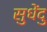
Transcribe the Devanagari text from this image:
सुधेंदु